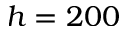
h = 2 0 0